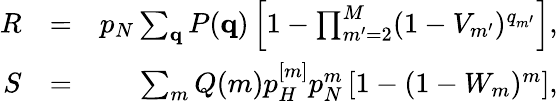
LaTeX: \begin{array}{rlr}{R}&{=}&{p_{N}\sum_{{\mathbf q}}P({\mathbf q})\left[1-\prod_{m^{\prime}=2}^{M}(1-V_{m^{\prime}})^{q_{m^{\prime}}}\right],}\\ {S}&{=}&{\sum_{m}Q(m)p_{H}^{[m]}p_{N}^{m}\left[1-(1-W_{m})^{m}\right],}\end{array}